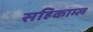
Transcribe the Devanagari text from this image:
सहिकाम्ल